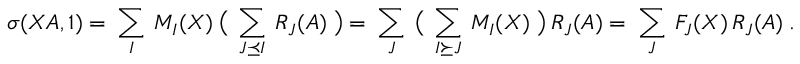
\sigma ( X A , 1 ) = \ \sum _ { I } \ M _ { I } ( X ) \ \big ( \ \sum _ { J \preceq I } \ R _ { J } ( A ) \ \big ) = \ \sum _ { J } \ \big ( \ \sum _ { I \succeq J } \ M _ { I } ( X ) \ \big ) \ R _ { J } ( A ) = \ \sum _ { J } \ F _ { J } ( X ) \, R _ { J } ( A ) \ .